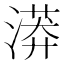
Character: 漭